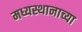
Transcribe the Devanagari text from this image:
मध्यस्थानाच्या